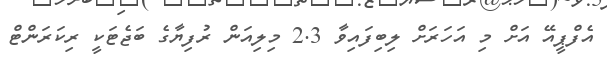
އެފްޕީއޭ އަށް މި އަހަރަށް ލިބިފައިވާ 2.3 މިލިއަން ރުފިޔާގެ ބަޖެޓަކީ ރިކަރަންޓް